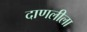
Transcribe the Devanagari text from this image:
दाणलीला